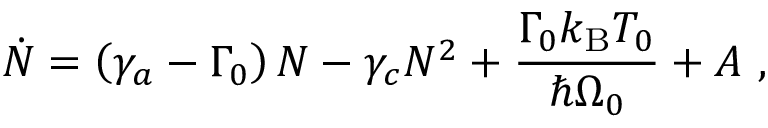
\dot { N } = \left( \gamma _ { a } - \Gamma _ { 0 } \right) N - \gamma _ { c } N ^ { 2 } + \frac { \Gamma _ { 0 } k _ { \mathrm { B } } T _ { 0 } } { \hbar \Omega _ { 0 } } + A \mathrm { ~ , ~ }